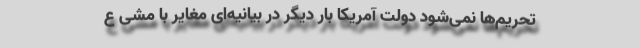
تحریم‌ها نمی‌شود دولت آمریکا بار دیگر در بیانیه‌ای مغایر با مشی ع